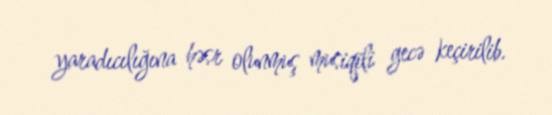
yaradıcılığına həsr olunmuş musiqili gecə keçirilib.